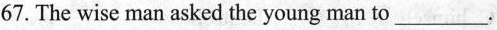
67. The wise man asked the young man to _________.